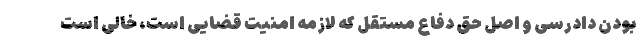
بودن دادرسی و اصل حق دفاع مستقل که لازمه امنیت قضایی است، خالی است